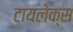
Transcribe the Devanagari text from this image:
टायलेक्स